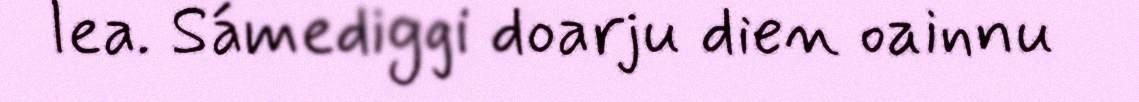
lea. Sámediggi doarju dien oainnu